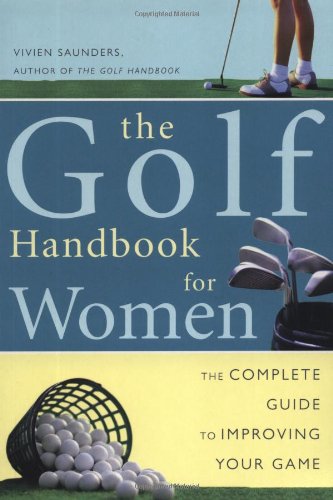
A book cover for Golf Handbook for Women: The Complete Guide to Improving Your Game; Vivien Saunders; Sports & Outdoors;